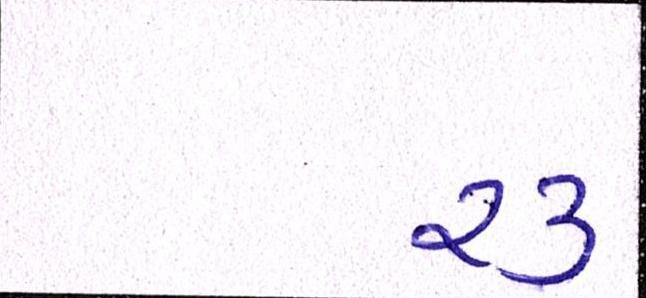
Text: ૨૩